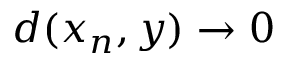
d ( x _ { n } , y ) \to 0